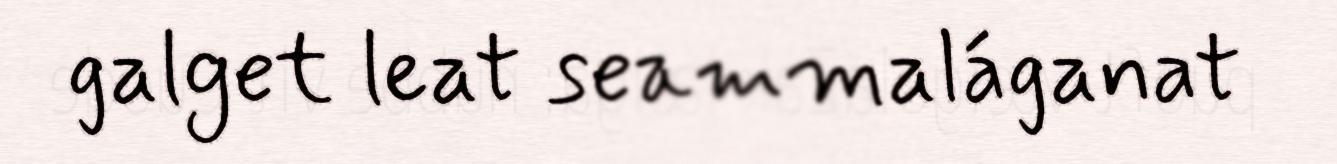
galget leat seammaláganat